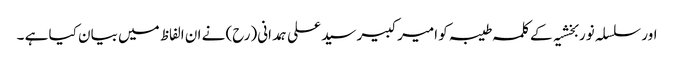
اور سلسلہ نوربخشیہ کے کلمہ طیبہ کو امیر کبیر سید علی ہمدانی(رح) نے ان الفاظ میں بیان کیا ہے ۔